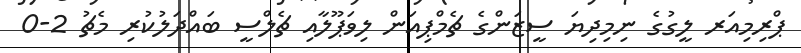
ޕްރިމިއަރ ލީގުގެ ނިމިދިޔަ ސީޒަންގެ ޗެމްޕިއަން ލިވަޕޫލާއި ޗެލްސީ ބައްދަލުކުރި މެޗު 2-0